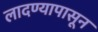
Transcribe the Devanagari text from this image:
लादण्यापासून